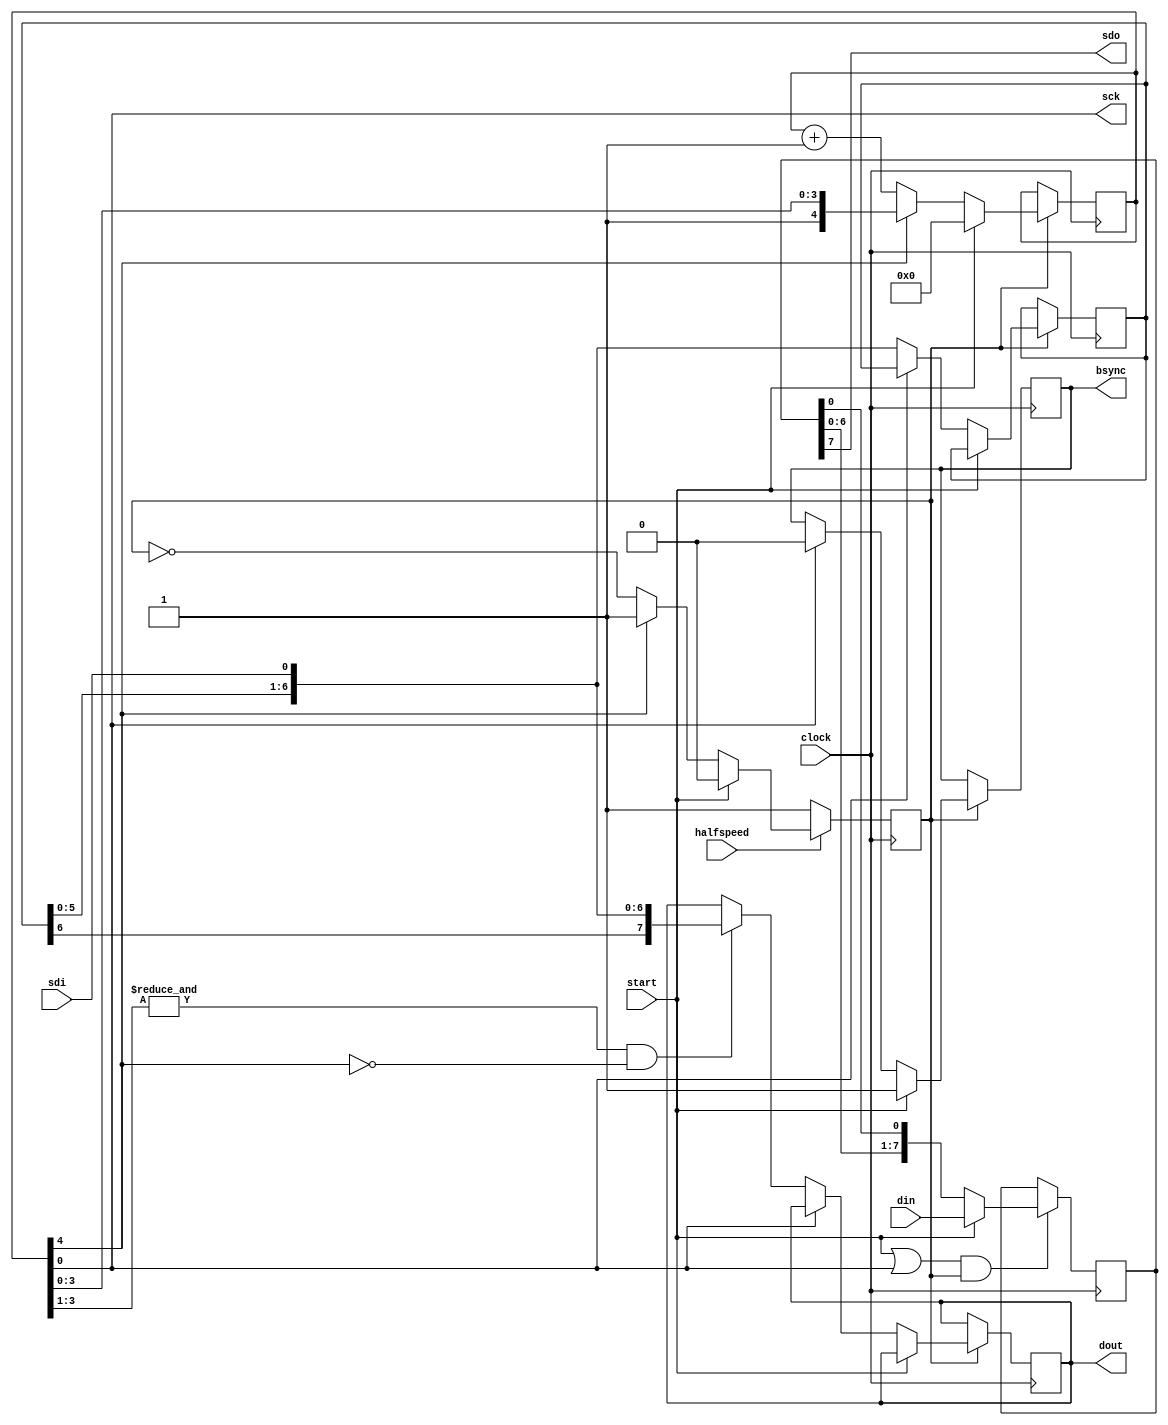
module spi_10(
	clock, 
	sck,   
	sdo,   
	sdi,   
	bsync, 
	start, 
	halfspeed, 
	din,  
	dout  
);
	input clock;
	output sck;
	wire   sck;
	output sdo;
	input sdi;
	output reg bsync;
	input start;
	input halfspeed;
	input [7:0] din;
	output reg [7:0] dout;
	reg [4:0] counter; 
	wire enable_n; 
	reg [6:0] shiftin; 
	reg [7:0] shiftout; 
	wire ena_shout_load; 
	reg g_ena;
	initial 
	begin
		counter = 5'b10000;
		shiftout = 8'd0;
		shiftout = 7'd0;
		bsync = 1'd0;
		dout <= 1'b0;
	end
	assign sck = counter[0];
	assign enable_n = counter[4];
	assign sdo = shiftout[7];
	assign ena_shout_load = (start | sck) & g_ena;
	always @(posedge clock)
	begin
		if( g_ena )
		begin
			if( start )
			begin
				counter <= 5'b00000; 
				bsync <= 1'b1; 
			end
			else
			begin
				if( !sck ) 
				begin
      	                  shiftin[6:0] <= { shiftin[5:0], sdi };
					if( (&counter[3:1]) && (!enable_n) )
						dout <= { shiftin[6:0], sdi }; 
				end
				else 
				begin
					bsync <= 1'b0;
				end
				if( !enable_n )
					counter <= counter + 5'd1;
			end
		end
	end
	always @(posedge clock)
	begin
		if( ena_shout_load )
		begin
			if( start )
				shiftout <= din;
			else 
				shiftout[7:0] <= { shiftout[6:0], shiftout[0] }; 
		end
	end
	always @(posedge clock)
	begin
		if( halfspeed )
		begin
			if( start )
				g_ena <= 1'b0;
			else if( enable_n )
				g_ena <= 1'b1;
			else
				g_ena <= ~g_ena;
		end
		else
			g_ena <= 1'b1;
	end
endmodule